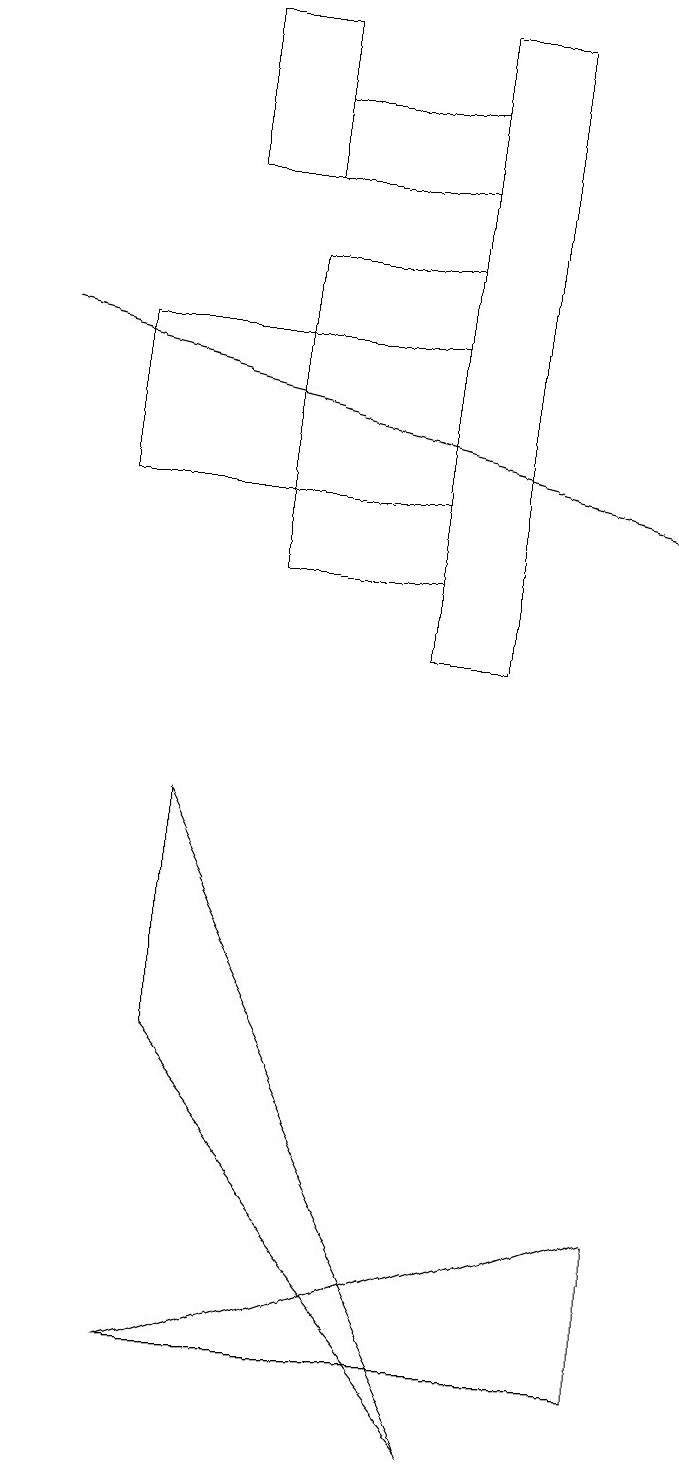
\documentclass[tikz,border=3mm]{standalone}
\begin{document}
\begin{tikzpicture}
\draw (6,12) rectangle (4,16);
\draw[->] (1,15) -- (9,13);
\draw (2,15) rectangle (6,13);
\draw (9,2) -- (9,4) -- (3,2) -- cycle;
\draw (7,11) rectangle (6,19);
\draw (4,19) rectangle (3,17);
\draw (3,6) -- (3,9) -- (7,1) -- cycle;
\draw (4,18) rectangle (6,17);
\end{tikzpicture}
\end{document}